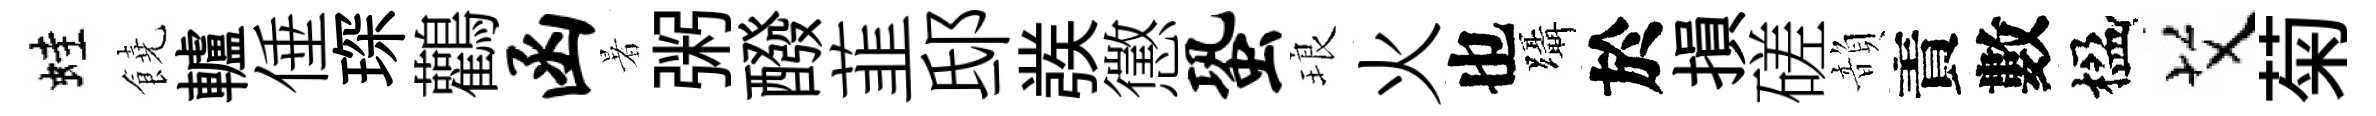
蛙饒轤倕琛鸛函暑粥醱韮邸彂懲蛩琅火也躡於損磋韻責數楹艾菊